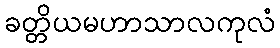
ခတ္တိယမဟာသာလကုလံ